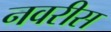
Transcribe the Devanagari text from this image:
नवरीस